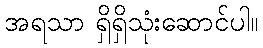
အရသာ ရှိရှိသုံးဆောင်ပါ။